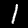
Digit: 1